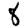
Digit: 8